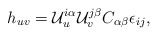
\begin{align*}h_{uv}={\cal U}^{i\alpha}_u{\cal U}^{j\beta}_v C_{\alpha\beta}\epsilon_{ij}, \end{align*}